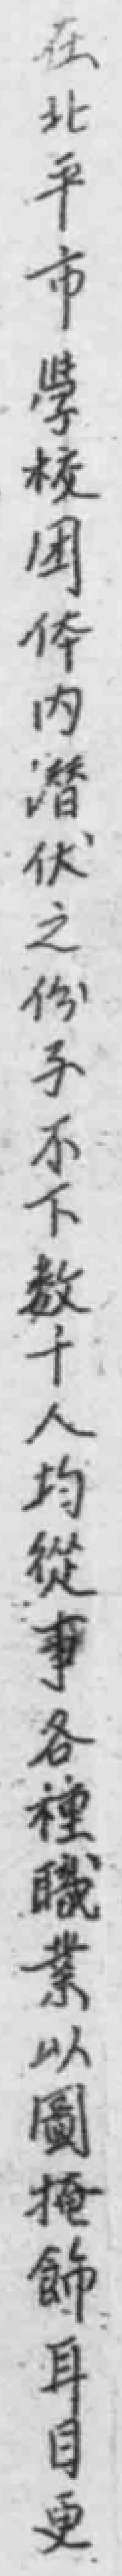
在北平市學校团体內潛伏之份子不下数十人均從事各種職業以圖掩飾耳目更